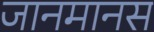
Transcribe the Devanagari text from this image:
जानमानस